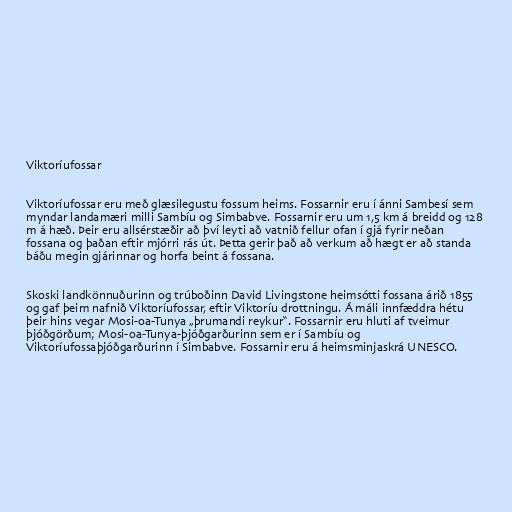
Viktoríufossar

Viktoríufossar eru með glæsilegustu fossum heims. Fossarnir eru í ánni Sambesí sem
myndar landamæri milli Sambíu og Simbabve. Fossarnir eru um 1,5 km á breidd og 128
m á hæð. Þeir eru allsérstæðir að því leyti að vatnið fellur ofan í gjá fyrir neðan
fossana og þaðan eftir mjórri rás út. Þetta gerir það að verkum að hægt er að standa
báðu megin gjárinnar og horfa beint á fossana.

Skoski landkönnuðurinn og trúboðinn David Livingstone heimsótti fossana árið 1855
og gaf þeim nafnið Viktoríufossar, eftir Viktoríu drottningu. Á máli innfæddra hétu
þeir hins vegar Mosi-oa-Tunya „þrumandi reykur“. Fossarnir eru hluti af tveimur
þjóðgörðum; Mosi-oa-Tunya-þjóðgarðurinn sem er í Sambíu og
Viktoríufossaþjóðgarðurinn í Simbabve. Fossarnir eru á heimsminjaskrá UNESCO.